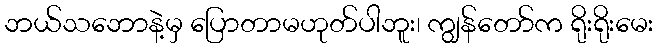
ဘယ်သဘောနဲ့မှ ပြောတာမဟုတ်ပါဘူး၊ ကျွန်တော်က ရိုးရိုးမေး